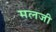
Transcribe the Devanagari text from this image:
मलजी